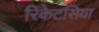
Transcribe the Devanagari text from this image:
रिकेटसिया